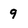
Character: 9